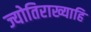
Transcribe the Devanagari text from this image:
ज्योतिराख्याहि